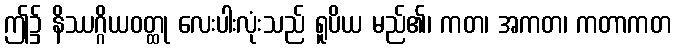
ဤ၌ နိဿဂ္ဂိယဝတ္ထု လေးပါးလုံးသည် ရူပိယ မည်၏၊ ကတ၊ အကတ၊ ကတာကတ